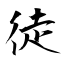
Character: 徒